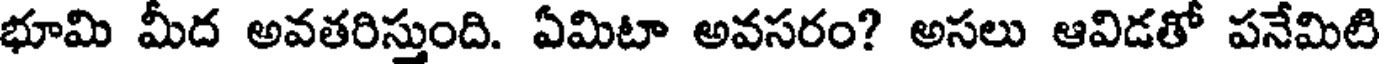
భూమి మీద అవతరిస్తుంది. ఏమిటా అవసరం? అసలు ఆవిడతో పనేమిటి